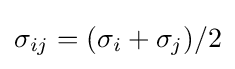
\sigma _{ij}=(\sigma _{i}+\sigma _{j})/2